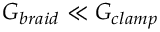
G _ { b r a i d } \ll G _ { c l a m p }